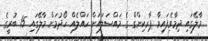
މާލޭގައި ދިމާވެފައިވާ ޕާރކިންގް ގެ މައްސަލައަށް ހައްލެއް ހޯދުމަށް މާލޭގައި 15 ބުރީގެ